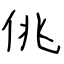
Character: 佻